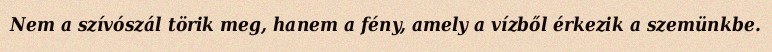
Nem a szívószál törik meg, hanem a fény, amely a vízből érkezik a szemünkbe.